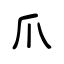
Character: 爪